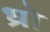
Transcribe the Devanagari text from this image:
ध्रो